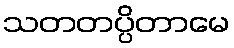
သတတပ္ပိတာမေ